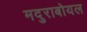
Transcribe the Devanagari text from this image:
मदुराबोयल